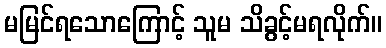
မမြင်ရသောကြောင့် သူမ သိခွင့်မရလိုက်။